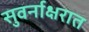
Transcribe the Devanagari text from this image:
सुवर्नाक्षरात